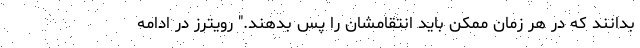
بدانند که در هر زمان ممکن باید انتقامشان را پس بدهند." رویترز در ادامه